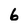
Character: 6